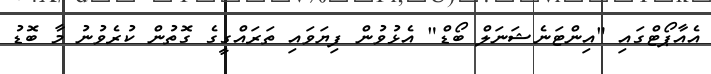
އެއާޕޯޓްގައި "އިންޓަނެޝަނަލް ބޯޑް" އެޅުވުން ފިޔަވައި ތަރައްގީގެ ގޮތުން ކުރެވުނު މާ ބޮޑު